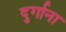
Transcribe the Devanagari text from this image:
दुर्गाना